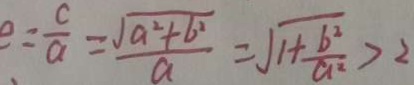
e = \frac { c } { a } = \frac { \sqrt { a ^ { 2 } + b ^ { 2 } } } { a } = \sqrt { 1 + \frac { b ^ { 2 } } { a ^ { 2 } } } > 2